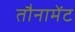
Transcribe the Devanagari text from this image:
तौनामेंट